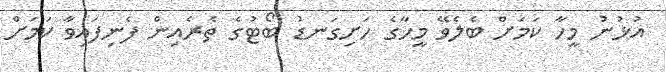
އުޅުނު މީހާ ކަމަށް ބެލެވޭ މީހާގެ ހަށިގަނޑު ބޯޓުގެ ތެރެއިން ފެނިފައިވާ ކަމަށް